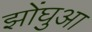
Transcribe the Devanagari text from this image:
झोंघुआ